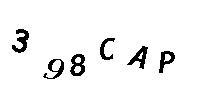
398CAP